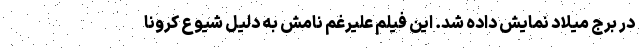
در برج میلاد نمایش داده شد. این فیلم علیرغم نامش به دلیل شیوع کرونا